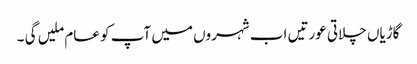
گاڑیاں چلاتی عورتیں اب شہروں میں آپ کو عام ملیں گی ۔